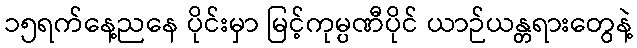
၁၅ရက်နေ့ညနေ ပိုင်းမှာ မြင့်ကုမ္ပဏီပိုင် ယာဉ်ယန္တရားတွေနဲ့